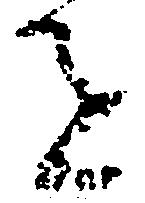
を